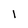
Character: 1